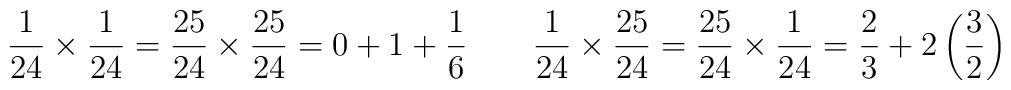
\frac 1{24}\times \frac 1{24}=\frac{25}{24}\times \frac{25}{24}=0+1+\frac 16\quad \quad \frac 1{24}\times \frac{25}{24}=\frac{25}{24}\times \frac 1{24}=\frac 23+2\left( \frac 32\right)